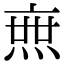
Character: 𤍍